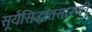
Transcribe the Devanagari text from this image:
सूर्यसिद्धांतसारणी